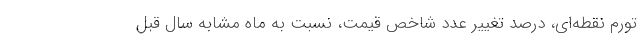
تورم نقطه‌ای، درصد تغییر عدد شاخص قیمت، نسبت به ماه مشابه سال قبل